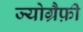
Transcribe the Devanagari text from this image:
ज्योग्रैफ़ी